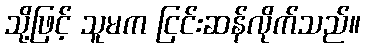
သို့ဖြင့် သူမက ငြင်းဆန်လိုက်သည်။